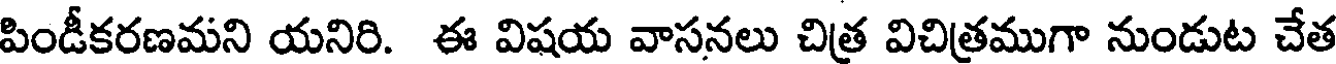
పిండీకరణమని యనిరి. ఈ విషయ వాసనలు చిత్ర విచిత్రముగా నుండుట చేత